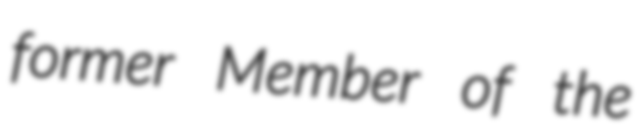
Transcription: former Member of the